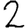
Digit: 2